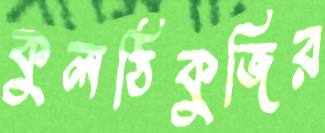
কুলঠিকুজির